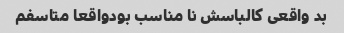
بد واقعى کالباسش نا مناسب بودواقعا متاسفم